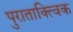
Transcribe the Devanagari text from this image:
पुराताक्त्विक